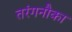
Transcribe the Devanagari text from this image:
तरंगनौका